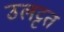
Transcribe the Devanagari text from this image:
उलट्टत